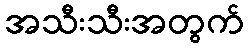
အသီးသီးအတွက်